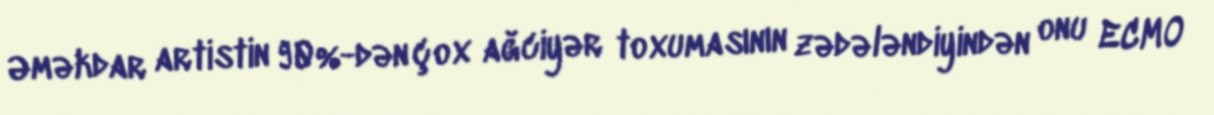
Əməkdar artistin 90%-dən çox ağciyər toxumasının zədələndiyindən onu ECMO